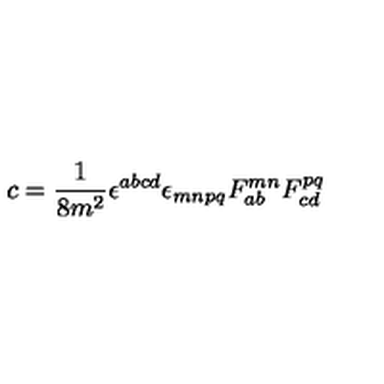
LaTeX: c = \frac { 1 } { 8 m ^ { 2 } } \epsilon ^ { a b c d } \epsilon _ { m n p q } F _ { a b } ^ { m n } F _ { c d } ^ { p q }